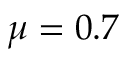
\mu = 0 . 7